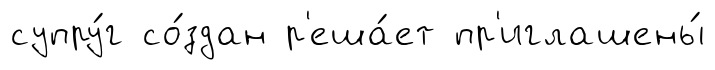
супру́г со́здан р'еша́ет пр'иглашены́